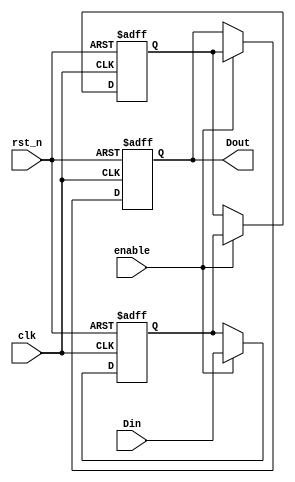
module dual_ff_detector (
    input wire clk,          // Clock signal
    input wire rst_n,       // Asynchronous reset (active low)
    input wire enable,      // Enable signal for detection
    input wire Din,         // Input signal to be monitored
    output reg Dout         // Output signal indicating detected pattern
);

    // Internal signals for the flip-flops
    reg FF1, FF2;

    // Flip-flop behavior with synchronous clocking and asynchronous reset
    always @(posedge clk or negedge rst_n) begin
        if (!rst_n) begin
            FF1 <= 1'b0;  // Reset FF1
            FF2 <= 1'b0;  // Reset FF2
            Dout <= 1'b0; // Reset output
        end else if (enable) begin
            FF1 <= Din;   // Capture input signal in FF1
            FF2 <= FF1;   // Capture FF1 output in FF2
            Dout <= FF2;  // Output the value of FF2
        end
    end

endmodule